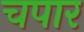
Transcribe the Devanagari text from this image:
चपार